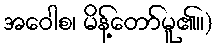
အဝေါစ၊ မိန့်တော်မူ၏။)